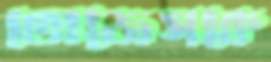
ভোজেসকে